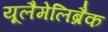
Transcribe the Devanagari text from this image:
यूलैमेलिब्रैक